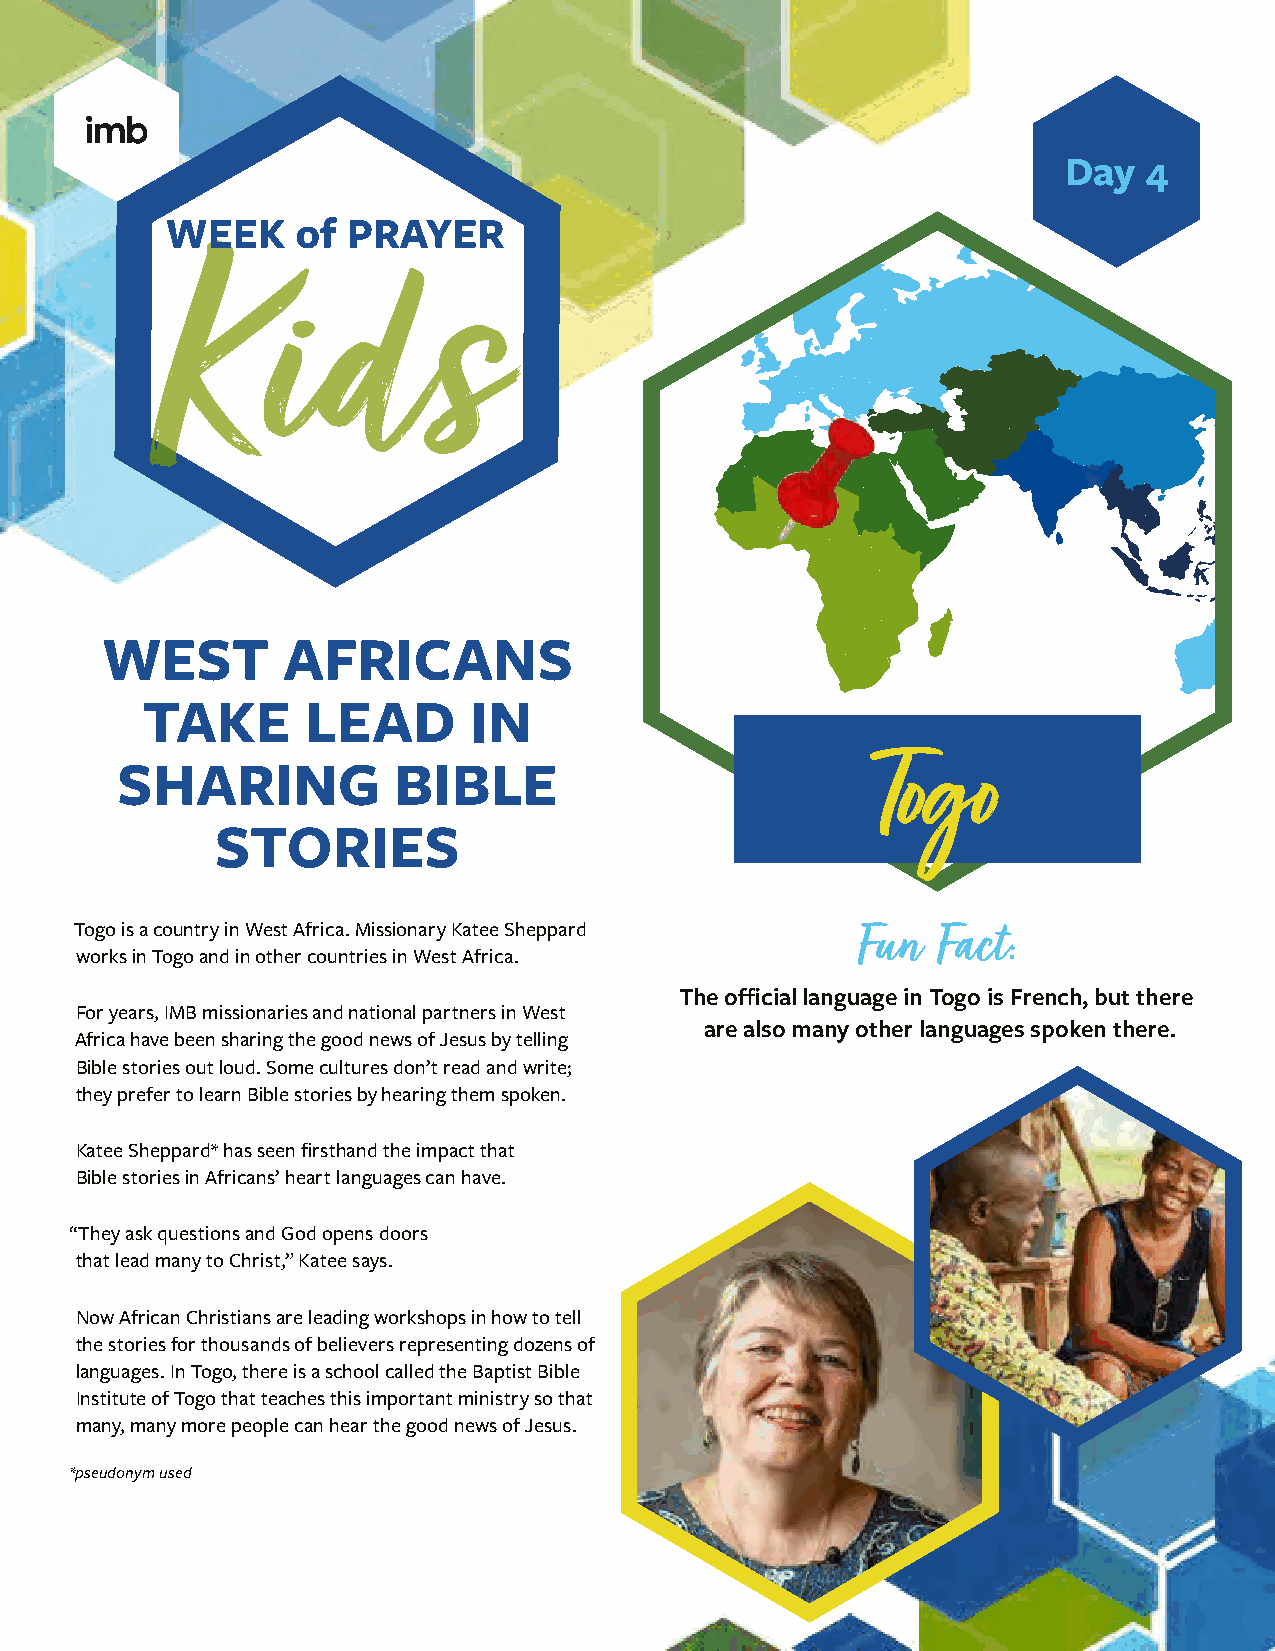
Day   4
 WEST        AFRICANS
 TAKE       LEAD       IN
 SHARING           BIBLE                           Togo
 STORIES
 Togo is a country in West Africa. Missionary Katee Sheppard Fun Fact:
 works in Togo and in other countries in West Africa.
 The official language in Togo is French, but there
 For years, IMB missionaries and national partners in West
 are also many other languages spoken there.
 Africa have been sharing the good news of Jesus by telling
 Bible stories out loud. Some cultures don’t read and write;
 they prefer to learn Bible stories by hearing them spoken.
 Katee Sheppard* has seen firsthand the impact that
 Bible stories in Africans’ heart languages can have.
 “They ask questions and God opens doors
 that lead many to Christ,” Katee says.
 Now African Christians are leading workshops in how to tell
 the stories for thousands of believers representing dozens of
 languages. In Togo, there is a school called the Baptist Bible
 Institute of Togo that teaches this important ministry so that
 many, many more people can hear the good news of Jesus.
 *pseudonym used